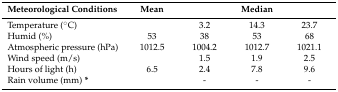
<table><thead><tr><td><b>Meteorological Conditions</b></td><td><b>Mean</b></td><td>[EMPTY_CELL]</td><td><b>Median</b></td><td>[EMPTY_CELL]</td></tr></thead><tbody><tr><td>Temperature (°C)</td><td>[EMPTY_CELL]</td><td>3.2</td><td>14.3</td><td>23.7</td></tr><tr><td>Humid (%)</td><td>53</td><td>38</td><td>53</td><td>68</td></tr><tr><td>Atmospheric pressure (hPa)</td><td>1012.5</td><td>1004.2</td><td>1012.7</td><td>1021.1</td></tr><tr><td>Wind speed (m/s)</td><td>[EMPTY_CELL]</td><td>1.5</td><td>1.9</td><td>2.5</td></tr><tr><td>Hours of light (h)</td><td>6.5</td><td>2.4</td><td>7.8</td><td>9.6</td></tr><tr><td>Rain volume (mm)<b>*</b></td><td>[EMPTY_CELL]</td><td>-</td><td>-</td><td>-</td></tr></tbody></table>